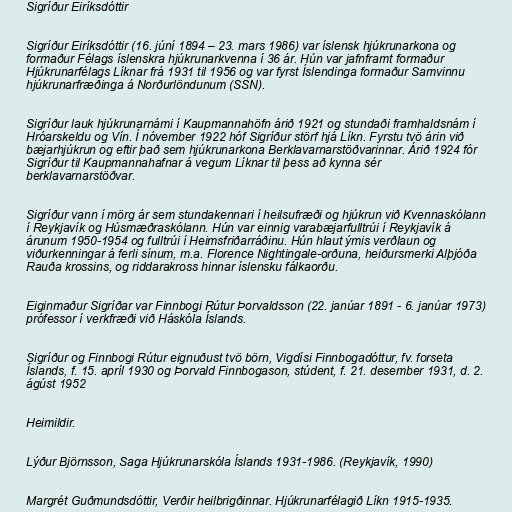
Sigríður Eiríksdóttir

Sigríður Eiríksdóttir (16. júní 1894 – 23. mars 1986) var íslensk hjúkrunarkona og
formaður Félags íslenskra hjúkrunarkvenna í 36 ár. Hún var jafnframt formaður
Hjúkrunarfélags Líknar frá 1931 til 1956 og var fyrst Íslendinga formaður Samvinnu
hjúkrunarfræðinga á Norðurlöndunum (SSN).

Sigríður lauk hjúkrunarnámi í Kaupmannahöfn árið 1921 og stundaði framhaldsnám í
Hróarskeldu og Vín. Í nóvember 1922 hóf Sigríður störf hjá Líkn. Fyrstu tvö árin við
bæjarhjúkrun og eftir það sem hjúkrunarkona Berklavarnarstöðvarinnar. Árið 1924 fór
Sigríður til Kaupmannahafnar á vegum Líknar til þess að kynna sér
berklavarnarstöðvar.

Sigríður vann í mörg ár sem stundakennari í heilsufræði og hjúkrun við Kvennaskólann
í Reykjavík og Húsmæðraskólann. Hún var einnig varabæjarfulltrúi í Reykjavík á
árunum 1950-1954 og fulltrúi í Heimsfriðarráðinu. Hún hlaut ýmis verðlaun og
viðurkenningar á ferli sínum, m.a. Florence Nightingale-orðuna, heiðursmerki Alþjóða
Rauða krossins, og riddarakross hinnar íslensku fálkaorðu.

Eiginmaður Sigríðar var Finnbogi Rútur Þorvaldsson (22. janúar 1891 - 6. janúar 1973)
prófessor í verkfræði við Háskóla Íslands.

Sigríður og Finnbogi Rútur eignuðust tvö börn, Vigdísi Finnbogadóttur, fv. forseta
Íslands, f. 15. apríl 1930 og Þorvald Finnbogason, stúdent, f. 21. desember 1931, d. 2.
ágúst 1952

Heimildir.

Lýður Björnsson, Saga Hjúkrunarskóla Íslands 1931-1986. (Reykjavík, 1990)

Margrét Guðmundsdóttir, Verðir heilbrigðinnar. Hjúkrunarfélagið Líkn 1915-1935.